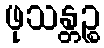
ဖုသန္တဉ္စ